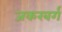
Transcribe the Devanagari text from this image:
जकरबर्ग